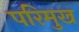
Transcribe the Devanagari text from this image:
परिमुख